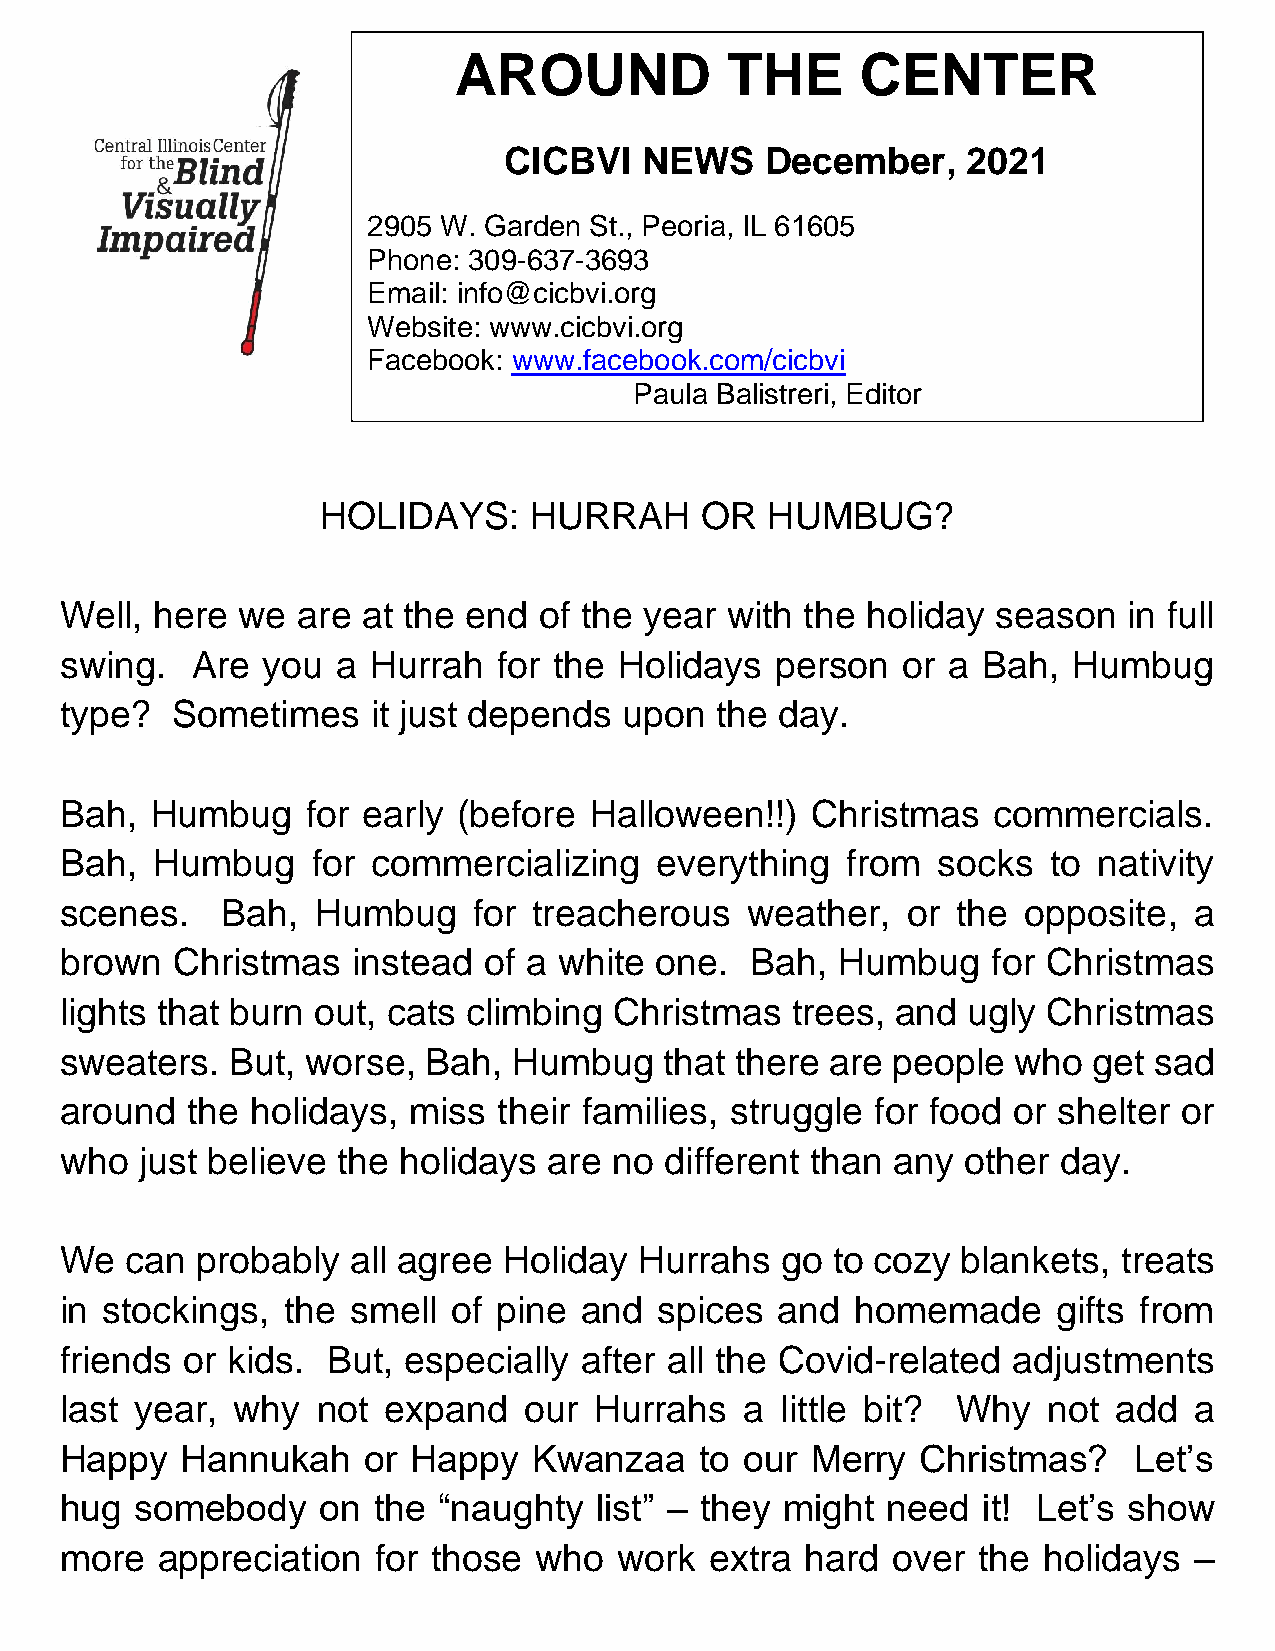
AROUND            THE      CENTER
 CICBVI   NEWS     December,    2021
 2905 W. Garden St., Peoria, IL 61605
 Phone: 309-637-3693
 Email: info@cicbvi.org
 Website: www.cicbvi.org
 Facebook: www.facebook.com/cicbvi
 Paula Balistreri, Editor
 HOLIDAYS:     HURRAH     OR   HUMBUG?
 Well, here  we  are at the end  of the year with the holiday  season   in full
 swing.   Are you  a Hurrah   for the Holidays  person   or a Bah,  Humbug
 type?  Sometimes     it just depends upon  the  day.
 Bah,  Humbug    for early (before  Halloween!!)   Christmas   commercials.
 Bah,  Humbug     for commercializing   everything   from  socks   to nativity
 scenes.    Bah,  Humbug    for treacherous   weather,   or the  opposite,  a
 brown  Christmas   instead  of a white one.   Bah,  Humbug    for Christmas
 lights that burn out, cats climbing  Christmas  trees, and  ugly Christmas
 sweaters.  But, worse,  Bah,  Humbug    that there are people  who  get sad
 around  the  holidays, miss  their families, struggle for food or shelter or
 who  just believe the holidays  are  no different than any  other day.
 We  can  probably  all agree Holiday  Hurrahs   go to cozy  blankets, treats
 in stockings,  the smell  of pine  and  spices  and  homemade     gifts from
 friends or kids.  But, especially after all the Covid-related  adjustments
 last year, why   not expand    our Hurrahs   a  little bit? Why  not  add  a
 Happy   Hannukah    or Happy   Kwanzaa    to our  Merry  Christmas?    Let’s
 hug  somebody    on  the “naughty  list” – they might  need  it! Let’s show
 more  appreciation   for those who   work  extra hard  over  the holidays  –